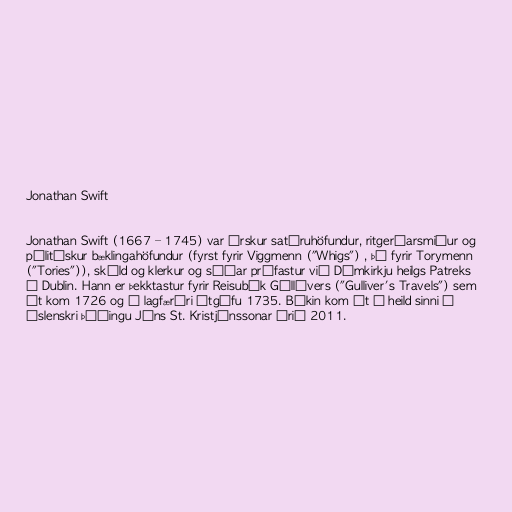
Jonathan Swift

Jonathan Swift (1667 – 1745) var írskur satíruhöfundur, ritgerðarsmiður og
pólitískur bæklingahöfundur (fyrst fyrir Viggmenn ("Whigs") , þá fyrir Torymenn
("Tories")), skáld og klerkur og síðar prófastur við Dómkirkju heilgs Patreks
í Dublin. Hann er þekktastur fyrir Reisubók Gúllívers ("Gulliver's Travels") sem
út kom 1726 og í lagfærðri útgáfu 1735. Bókin kom út í heild sinni í
íslenskri þýðingu Jóns St. Kristjánssonar árið 2011.